Karksi_vallavalitsus, lk 49
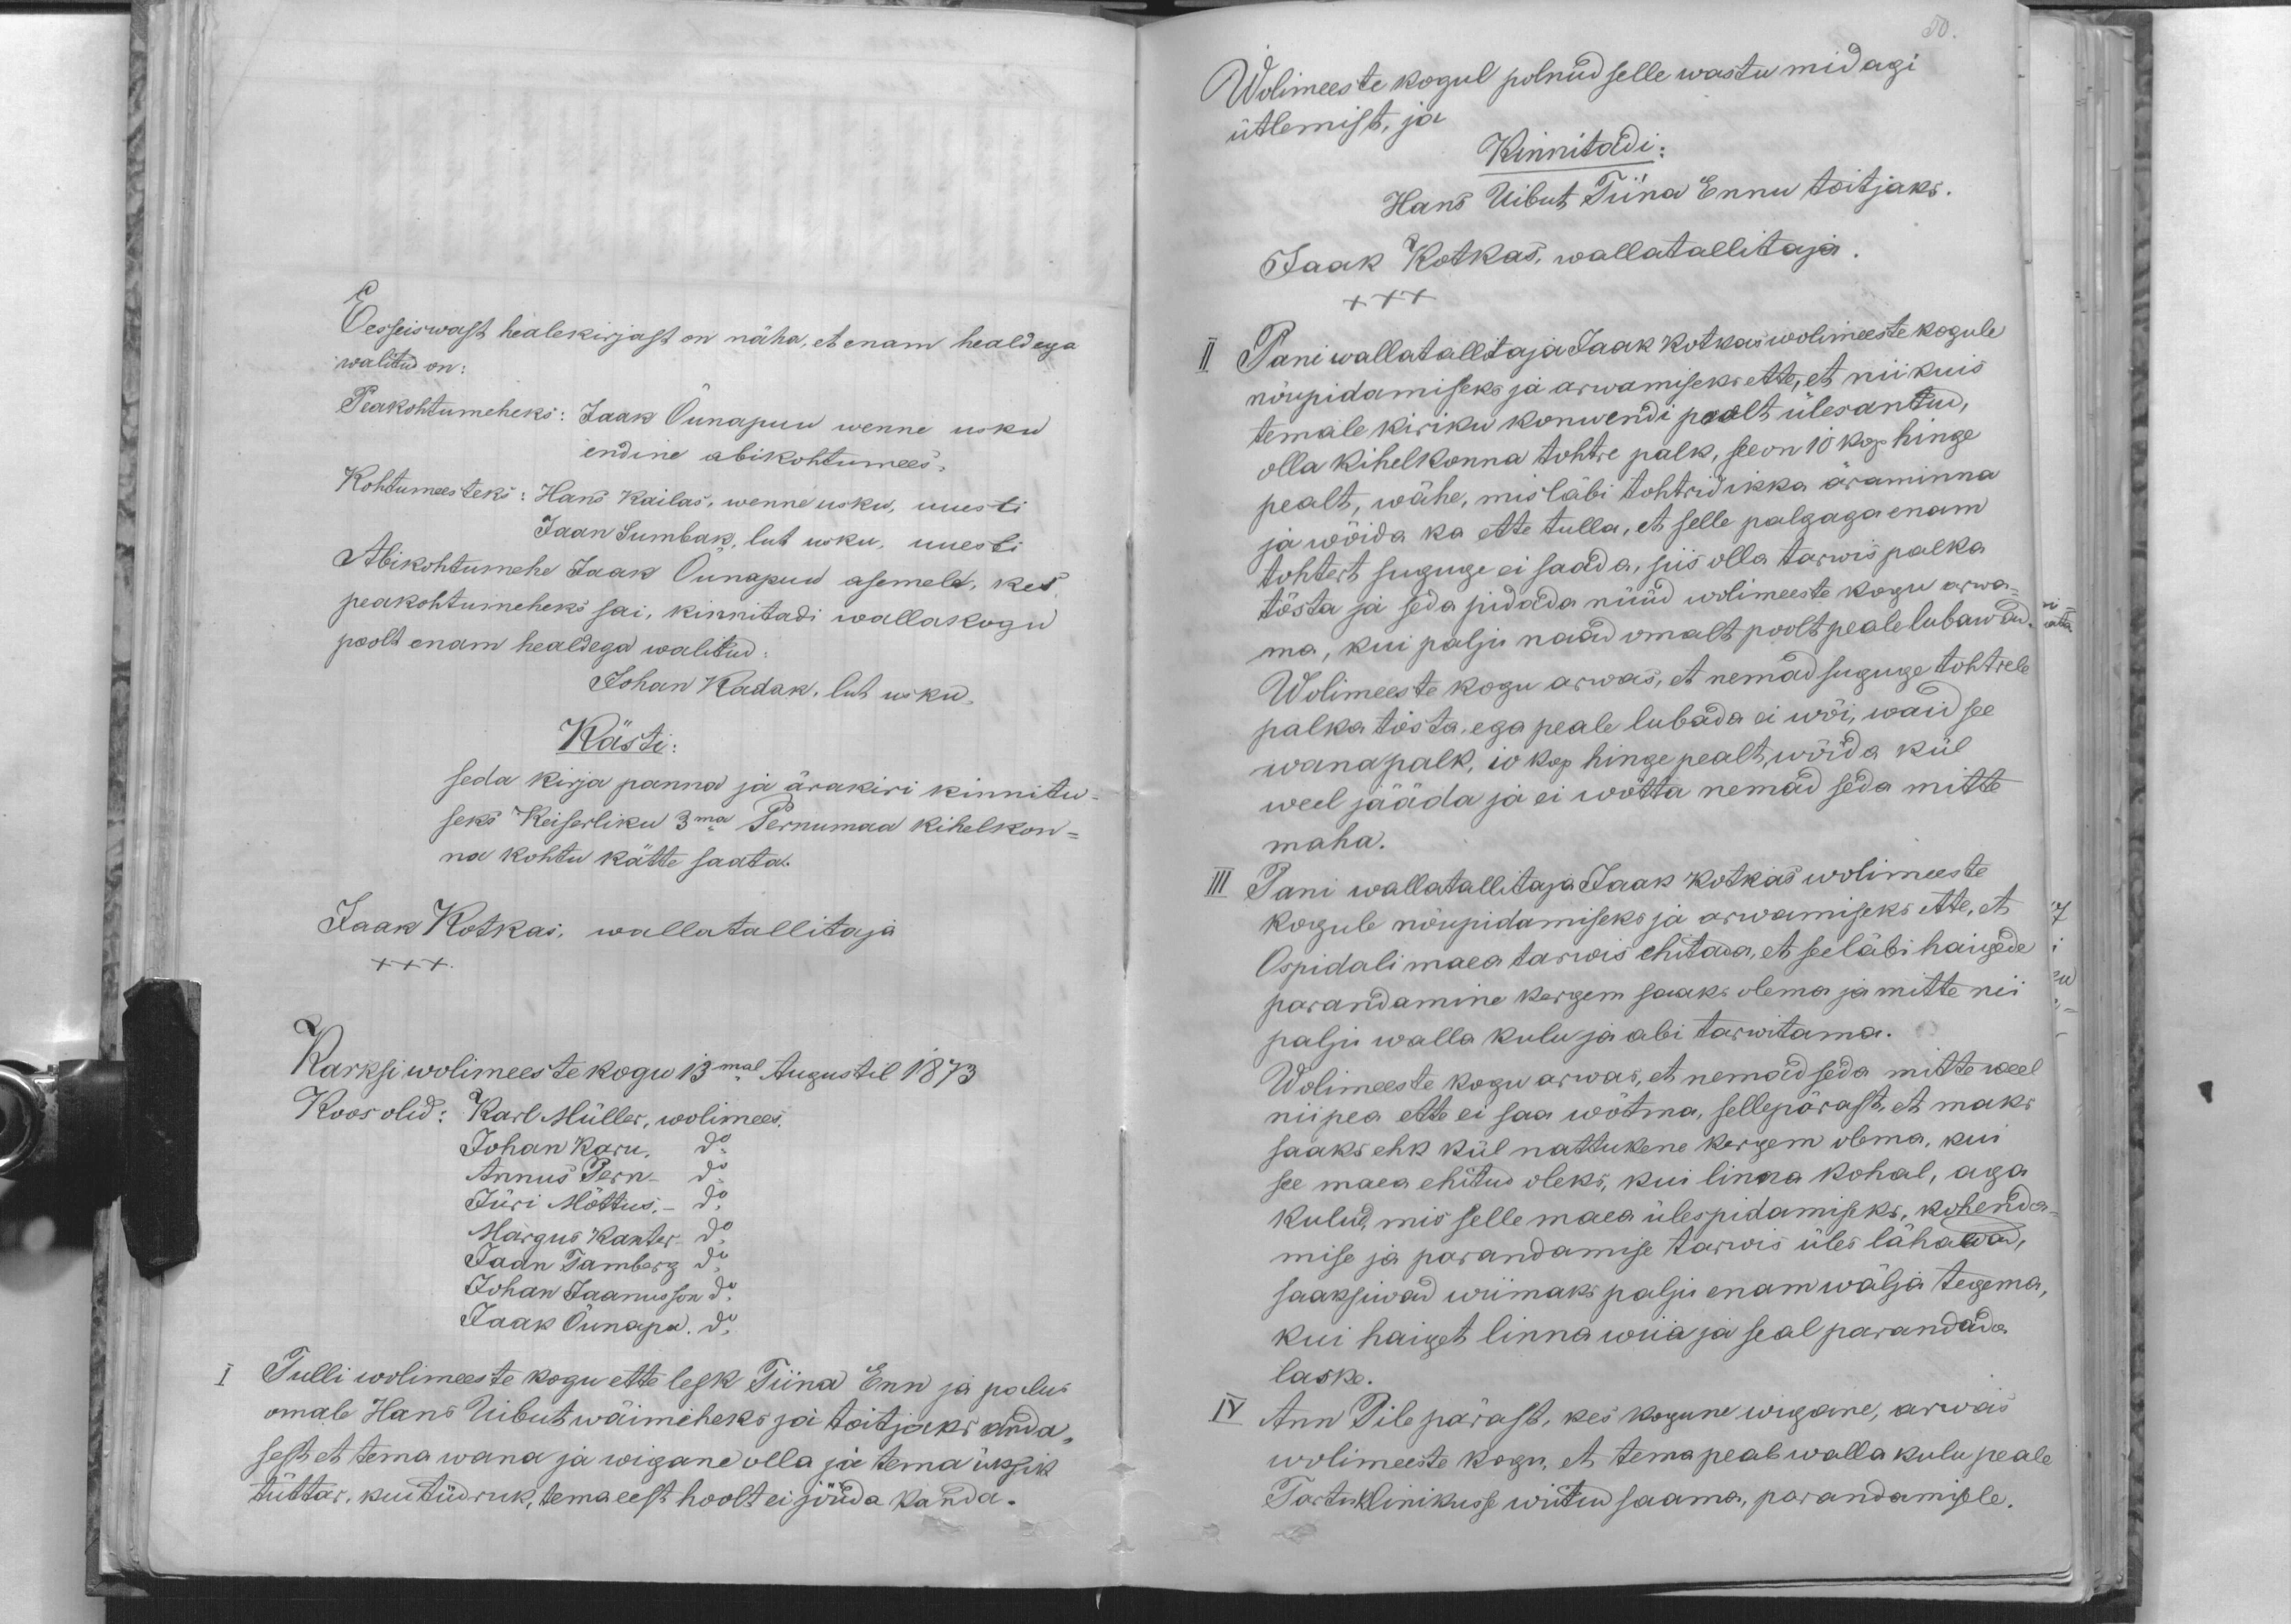
Eesseiswast healekirjast on näha, et enam healdega
walitud on:
Peakohtumeheks: Jaak Õunapuu wenne usku
endine abikohtumees.
Kohtumeesteks: Hans Kailas, wenne usku, uuesti
Jaan Sumbak, lut usku, uuesti
Abikohtumehe Jaak Õunapuu asemele, kes
peakohtumeheks sai, kinnitadi wallakogu
poolt enam healdega walitud:
Johan Kadak, lut usku.
Kästi:
seda kirja panna ja ärakiri kinnitu-
seks Keiserliku 3ma Pernumaa kihelkon-
na kohtu kätte saata.
Jaak Kotkas, wallatallitaja
XXX.
Karksi wolimeeste kogu 13mal Augustil 1873.
Koos olid: Karl Müller, wolimees
Johan Karu. do
Annus Pern- do
Jüri Mõttus. - do
Margus Kanter. do
Jaan Tamberg do
Johan Jaanusson do
Jaak Õunapu. do
I Tulli wolimeeste kogu ette lesk Tiina Enn ja palus
omale Hans Uibut wäimeheks ja toitjaks anda,
sest et tema wana ja wigane olla ja tema üksik
tüttar, kui tüdruk, tema eest hoolt ei jõuda kanda.

50
Wolimeeste kogul polnud selle wastu midagi
ütlemist, ja
Kinnitadi:
Hans Uibut Tiina Ennu toitjaks.
Jaak Kotkas, wallatallitaja.
XXX
II Pani wallatallitaja Jaak Kotkas wolimeeste kogule
nõupidamiseks ja arwamiseks ette, et nii kuis
temale kiriku konwendi poolt ülesandud,
olla kihelkonna tohtre palk, see on 10 kop hinge
pealt, wähe, mis läbi tohtrid ikka äraminna
ja wõida ka ette tulla, et selle palgaga enam
tohtert sugugi ei saada, siis olla tarwis palka
tõsta ja seda pidada nüüd wolimeeste kogu arwa-
ma, kui palju naad omalt poolt peale lubawad.
Wolimeeste kogu arwas, et nemad suguge tohtrele
palka tõsta, ega peale lubada ei wõi, waid see
wanapalk, 10 kop hinge pealt wõida kül
weel jääda ja ei wõtta nemad seda mitte
maha.
III Pani wallatallitaja Jaak Kotkas wolimeeste
kogule nõupidamiseks ja arwamiseks ette, et
Ospidali maea tarwis ehitada, et seeläbi haigede
parandamine kergem saaks olema ja mitte nii
palju walla kulu ja abi tarwitama.
Wolimeeste kogu arwas, et nemad seda mitte weel
niipea ette ei saa wõtma, sellepärast et maks
saaks ehk kül nattukene kergem olema, kui
see maea ehitud oleks, kui linna kohal, aga
kulud, mis selle maea ülespidamiseks, kohenda
mise ja parandamise tarwis üles lähawad,
saaksiwad wiimaks palju enam wälja tegema,
kui haiget linna wiia ja seal parandada
laske.
IV Ann Pile pärast, kes kogune wigane, arwas
wolimeeste kogu, et tema peab walla kulu peale
Tartu klinikusse wiitud saama, parandamisele.